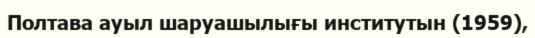
Полтава ауыл шаруашылығы институтын (1959),